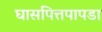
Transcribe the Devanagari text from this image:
घासपित्तपापडा